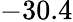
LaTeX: -30.4